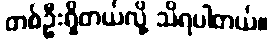
တစ်ဦးရှိတယ်လို့ သိရပါတယ်။